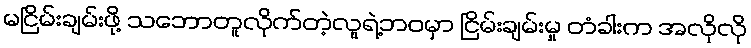
မငြိမ်းချမ်းဖို့ သဘောတူလိုက်တဲ့လူရဲ့ဘဝမှာ ငြိမ်းချမ်းမှု တံခါးက အလိုလို